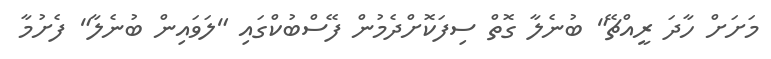
މަށަށް ހާދަ ރީއްޗޭ" ބުނެލާ ގޮތް ސިފަކޮށްދެމުން ފޭސްބުކްގައި "ލަވައިން ބުނެލާ" ފެށުމާ